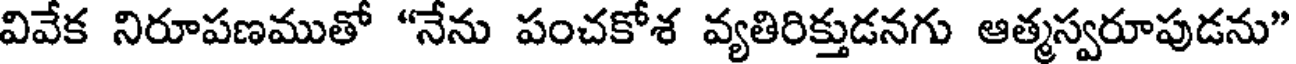
వివేక నిరూపణముతో "నేను పంచకోశ వ్యతిరిక్తుడనగు ఆత్మస్వరూపుడను"